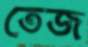
তেজ